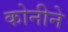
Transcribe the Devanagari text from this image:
कोनीने